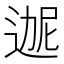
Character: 𬨬